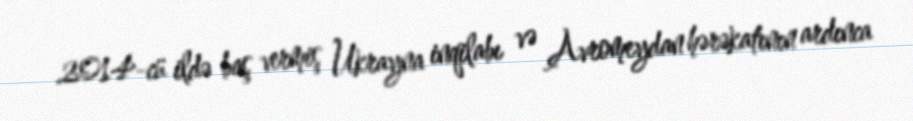
2014-cü ildə baş vermiş Ukrayna inqilabı və Avromeydan hərəkatının ardınca